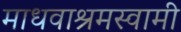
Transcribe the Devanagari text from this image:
माधवाश्रमस्वामी